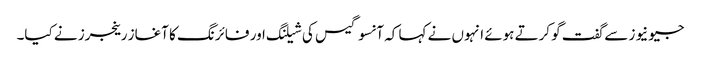
جیو نیوز سے گفت گو کرتے ہوئے انہوں نے کہا کہ آنسو گیس کی شیلنگ اور فائرنگ کا آغاز رینجرز نے کیا۔